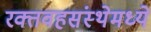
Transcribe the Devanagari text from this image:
रक्तवहसंस्थेमध्ये